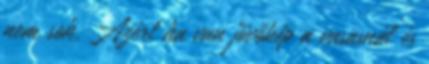
nem sok. Azért ha van jövőkép a vasasnál és